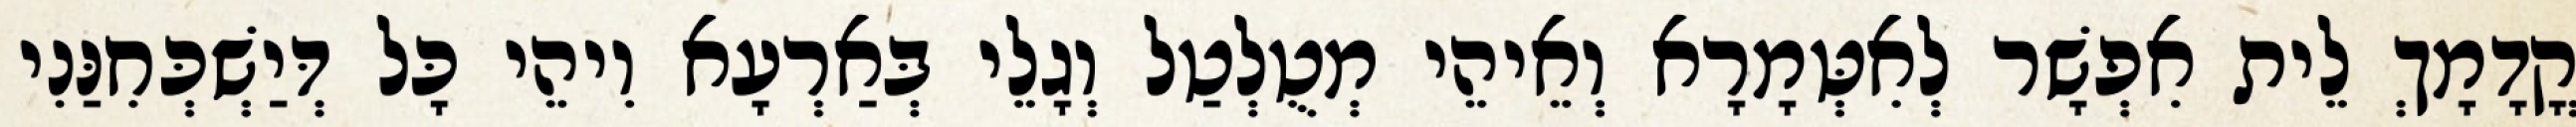
קֳדָמָךְ לֵית אִפְשָׁר לְאִטְּמָרָא וְאֵיהֵי מְטֻלְטַל וְגָלֵי בְּאַרְעָא וִיהֵי כָּל דְּיַשְׁכְּחִנַּנִי